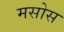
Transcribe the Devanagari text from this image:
मसोस